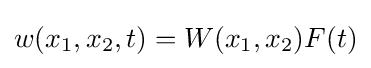
w(x_{1},x_{2},t)=W(x_{1},x_{2})F(t)